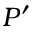
P ^ { \prime }